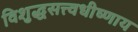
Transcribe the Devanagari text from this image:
विशुद्धसत्त्वधीष्णाय